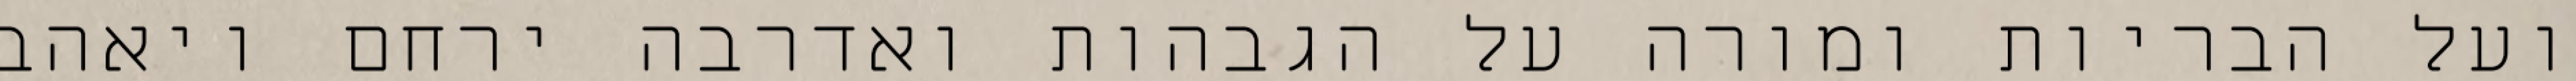
ועל הבריות ומורה על הגבהות ואדרבה ירחם ויאהב